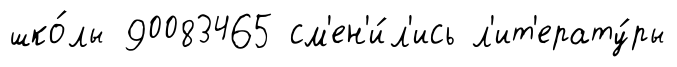
шко́лы 90083465 см'ен'и́л'ись л'ит'ерату́ры